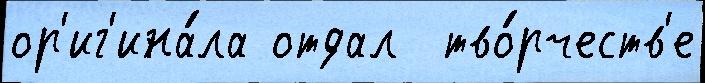
ор'иг'ина́ла отдал  тво́рчеств'е